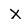
Character: x